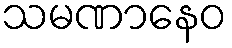
သမဏာနေဝ